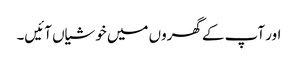
اور آپ کے گھروں میں خوشیاں آئیں۔